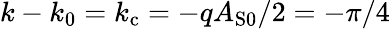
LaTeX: k-k_{0}=k_{\mathrm{c}}=-qA_{\mathrm{S}0}/2=-\pi/4